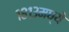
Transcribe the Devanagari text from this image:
१८१३मध्ये